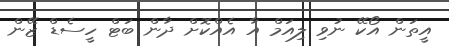
އީތަން އޯކޭ ނުވި ލިއަމް އާ އެއްކޮށް ދާން ބަޓް ހީސެޑް ޒޭން